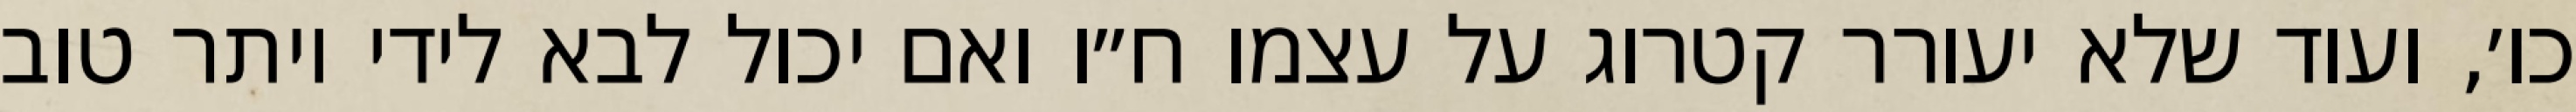
כו׳, ועוד שלא יעורר קטרוג על עצמו ח״ו ואם יכול לבא לידי יותר טוב